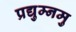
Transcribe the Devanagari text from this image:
प्रद्युम्नमु